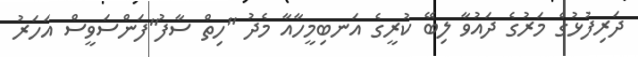
ދަރިފުޅުގެ މަރުގެ ދައުވާ ލިބޭ ކުރީގެ އަނބިމީހާއާ މެދު "ހިތް ސާފު"ފަންސަވީސް އަހަރު